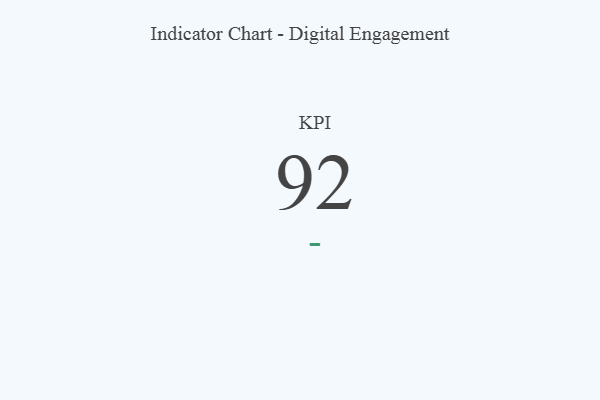
{"axis": {"x": "KPI", "y": "Value"}, "legend": [""], "data": [{"x": "KPI", "y": 92, "type": ""}]}